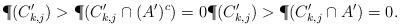
LaTeX: \begin{align*}\P(C'_{k,j})>\P(C'_{k,j}\cap (A')^c) =0 \P(C'_{k,j})>\P(C'_{k,j}\cap A') =0.\end{align*}